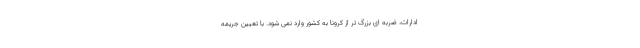
ادارات، ضربه ای بزرگ تر از کرونا به کشور وارد نمی شود. با تعیین جریمه